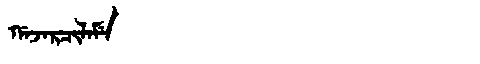
Manchu: ᡤᠠᠵᠠᡵᠴᡳᠯᠠᠮᡝ
Romanization: GAJARCILAME